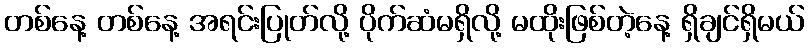
တစ်နေ့ တစ်နေ့ အရင်းပြုတ်လို့ ပိုက်ဆံမရှိလို့ မထိုးဖြစ်တဲ့နေ့ ရှိချင်ရှိမယ်